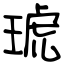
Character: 琥